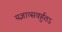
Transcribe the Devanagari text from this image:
यज्ञात्सवर्हुतऽ